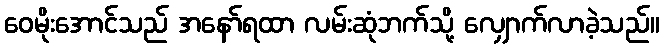
ဝေမိုးအောင်သည် အနော်ရထာ လမ်းဆုံဘက်သို့ လျှောက်လာခဲ့သည်။